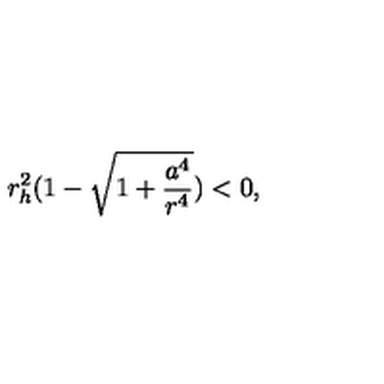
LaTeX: r _ { h } ^ { 2 } ( 1 - \sqrt { 1 + \frac { a ^ { 4 } } { r ^ { 4 } } } ) < 0 ,